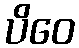
ပိဝေ